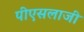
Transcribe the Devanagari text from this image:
पीएसलाजी